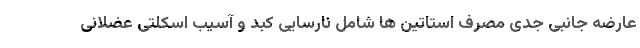
عارضه جانبی جدی مصرف استاتین ها شامل نارسایی کبد و آسیب اسکلتی عضلانی